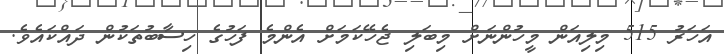
އަހަރު 515 މިލިއަން މީހުންނަށް މިބަލި ޖެހޭކަމަށް އެންމެ ފަހުގެ ހިސާބުތަކުން ދައްކައެވެ.